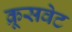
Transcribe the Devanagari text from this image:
क्रूसवेट